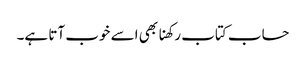
حساب کتاب رکھنا بھی اسے خوب آتا ہے۔